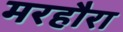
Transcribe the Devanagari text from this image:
मरहौरा